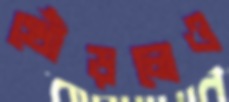
খোঁড়লেও